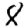
Digit: 8